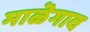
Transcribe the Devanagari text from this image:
माळॆगाव